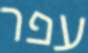
עפר